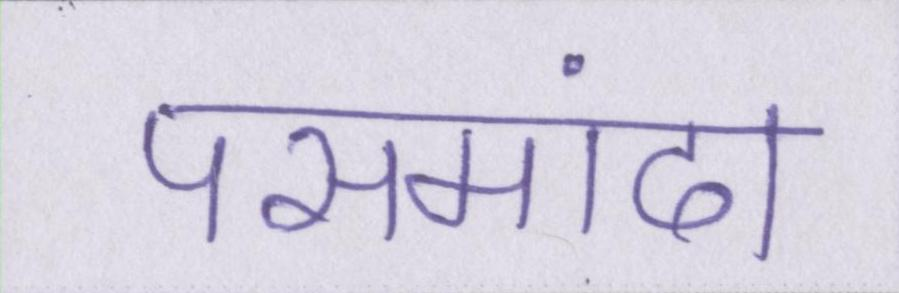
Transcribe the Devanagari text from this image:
पसमांदा